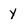
Character: y